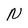
Character: N